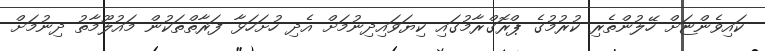
ކައިވެންޏަށް ހޭލުންތެރި ކުރުމުގެ ޕްރޮގްރާމުގައި ކިޔަވައިދިނުމަށް އެދި ހުށަހަޅާ ފަރާތްތަކުން މައުލޫމާތު ދިނުމަށް